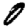
Digit: 0